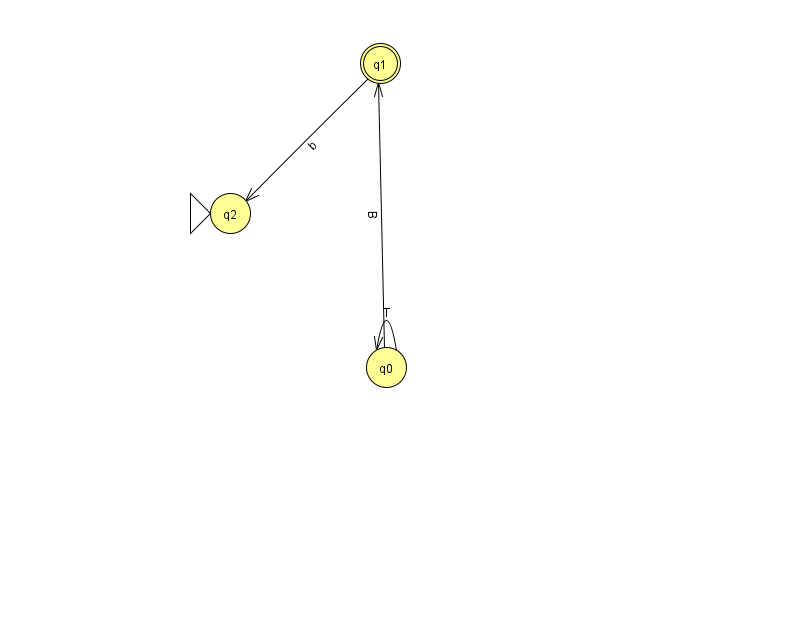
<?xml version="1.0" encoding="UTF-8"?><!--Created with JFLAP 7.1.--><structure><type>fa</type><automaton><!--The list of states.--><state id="0" name="q0"><x>386.0</x><y>354.0</y></state><state id="1" name="q1"><x>380.0</x><y>50.0</y><final/></state><state id="2" name="q2"><x>230.0</x><y>200.0</y><initial/></state><!--The list of transitions.--><transition><from>0</from><to>0</to><read>T</read></transition><transition><from>1</from><to>2</to><read>b</read></transition><transition><from>0</from><to>1</to><read>B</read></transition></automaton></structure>